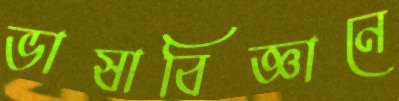
ভাষাবিজ্ঞানে